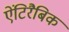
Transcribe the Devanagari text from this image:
ऐंटिरैबिक